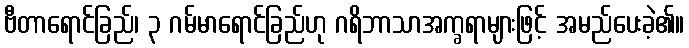
ဗီတာရောင်ခြည်၊ ၃ ဂမ်မာရောင်ခြည်ဟု ဂရိဘာသာအက္ခရာများဖြင့် အမည်ပေးခဲ့၏။